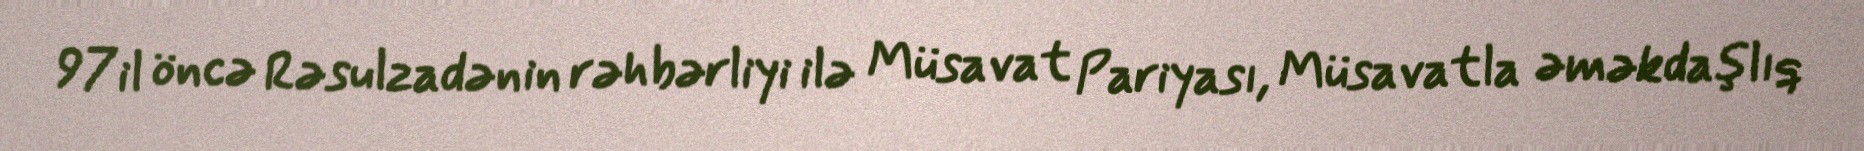
97 il öncə Rəsulzadənin rəhbərliyi ilə Müsavat Pariyası, Müsavatla əməkdaşlıq